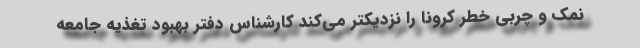
نمک و چربی خطر کرونا را نزدیکتر می‌کند کارشناس دفتر بهبود تغذیه جامعه